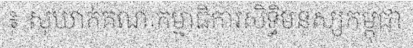
៖ សុឃាក់គណៈកម្មាធិការសិទ្ធិមនុស្សកម្ពុជា